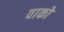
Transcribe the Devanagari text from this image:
वाको